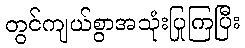
တွင်ကျယ်စွာအသုံးပြုကြပြီး